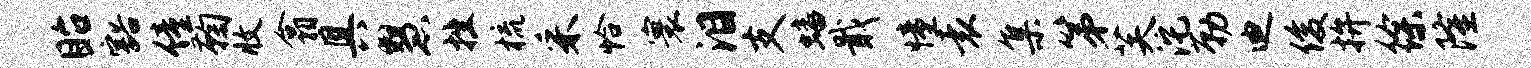
眙豁僮鞠收翕具慧挫梳采恰寰泪支蟠戢憧袁集第芙沱勒迪俊拚徐隆